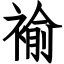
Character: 褕